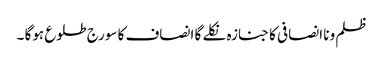
ظلم ونا انصافی کا جنازہ نکلے گا انصاف کا سورج طلوع ہوگا ۔